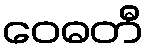
ဝေဓတီ